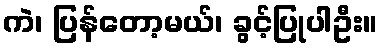
ကဲ၊ ပြန်တော့မယ်၊ ခွင့်ပြုပါဦး။